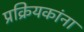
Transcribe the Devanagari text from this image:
प्रक्रियकांना